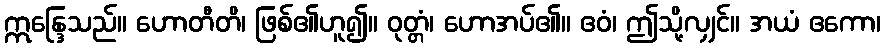
ဣန္ဒြေသည်။ ဟောတီတိ၊ ဖြစ်၏ဟူ၍။ ဝုတ္တံ၊ ဟောအပ်၏။ ဧဝံ၊ ဤသို့လျှင်။ အယံ ဧကော၊